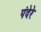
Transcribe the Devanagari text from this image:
पंदेरे